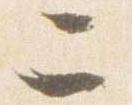
二